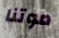
موتنا